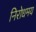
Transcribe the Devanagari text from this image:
निरोधमय